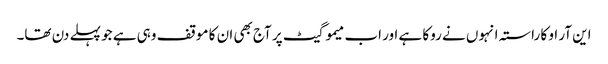
این آر او کا راستہ انہوں نے روکا ہے اور اب میمو گیٹ پر آج بھی ان کا موقف وہی ہے جو پہلے دن تھا۔